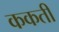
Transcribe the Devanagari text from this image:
ककती